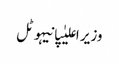
وزیر اعلیٰپانیہوٹل